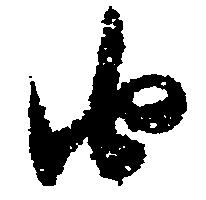
由